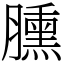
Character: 臐